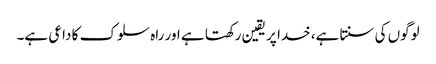
لوگوں کی سنتا ہے، خدا پر یقین رکھتا ہے اور راہ سلوک کا داعی ہے۔